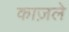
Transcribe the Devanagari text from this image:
काज़ले